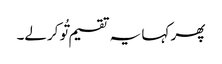
پھر کہا یہ تقسیم تُو کرلے۔